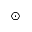
_ { \odot }